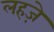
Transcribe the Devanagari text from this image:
लहजे़